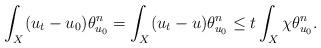
LaTeX: \begin{align*}\int_X (u_{t}-u_0) \theta_{u_0} ^n = \int_X (u_t -u) \theta_{u_0} ^n \leq t \int_X \chi \theta_{u_0} ^n. \end{align*}